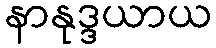
နာနုဒ္ဒယာယ